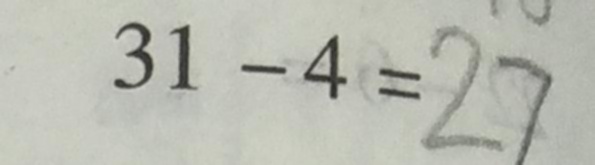
3 1 - 4 = 2 7